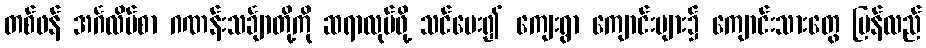
တစ်ဖန် အင်္ဂလိပ်စာ ဂဏန်းသင်္ချာတို့ကို ဆရာလုပ်ဖို့ သင်ပေး၍ ကျေးရွာ ကျောင်းများ၌ ကျောင်းသားတွေ ပြန်လည်